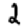
Digit: 2